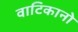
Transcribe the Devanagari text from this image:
वाटिकानो